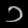
Digit: ၁